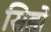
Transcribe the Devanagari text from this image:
सिडो